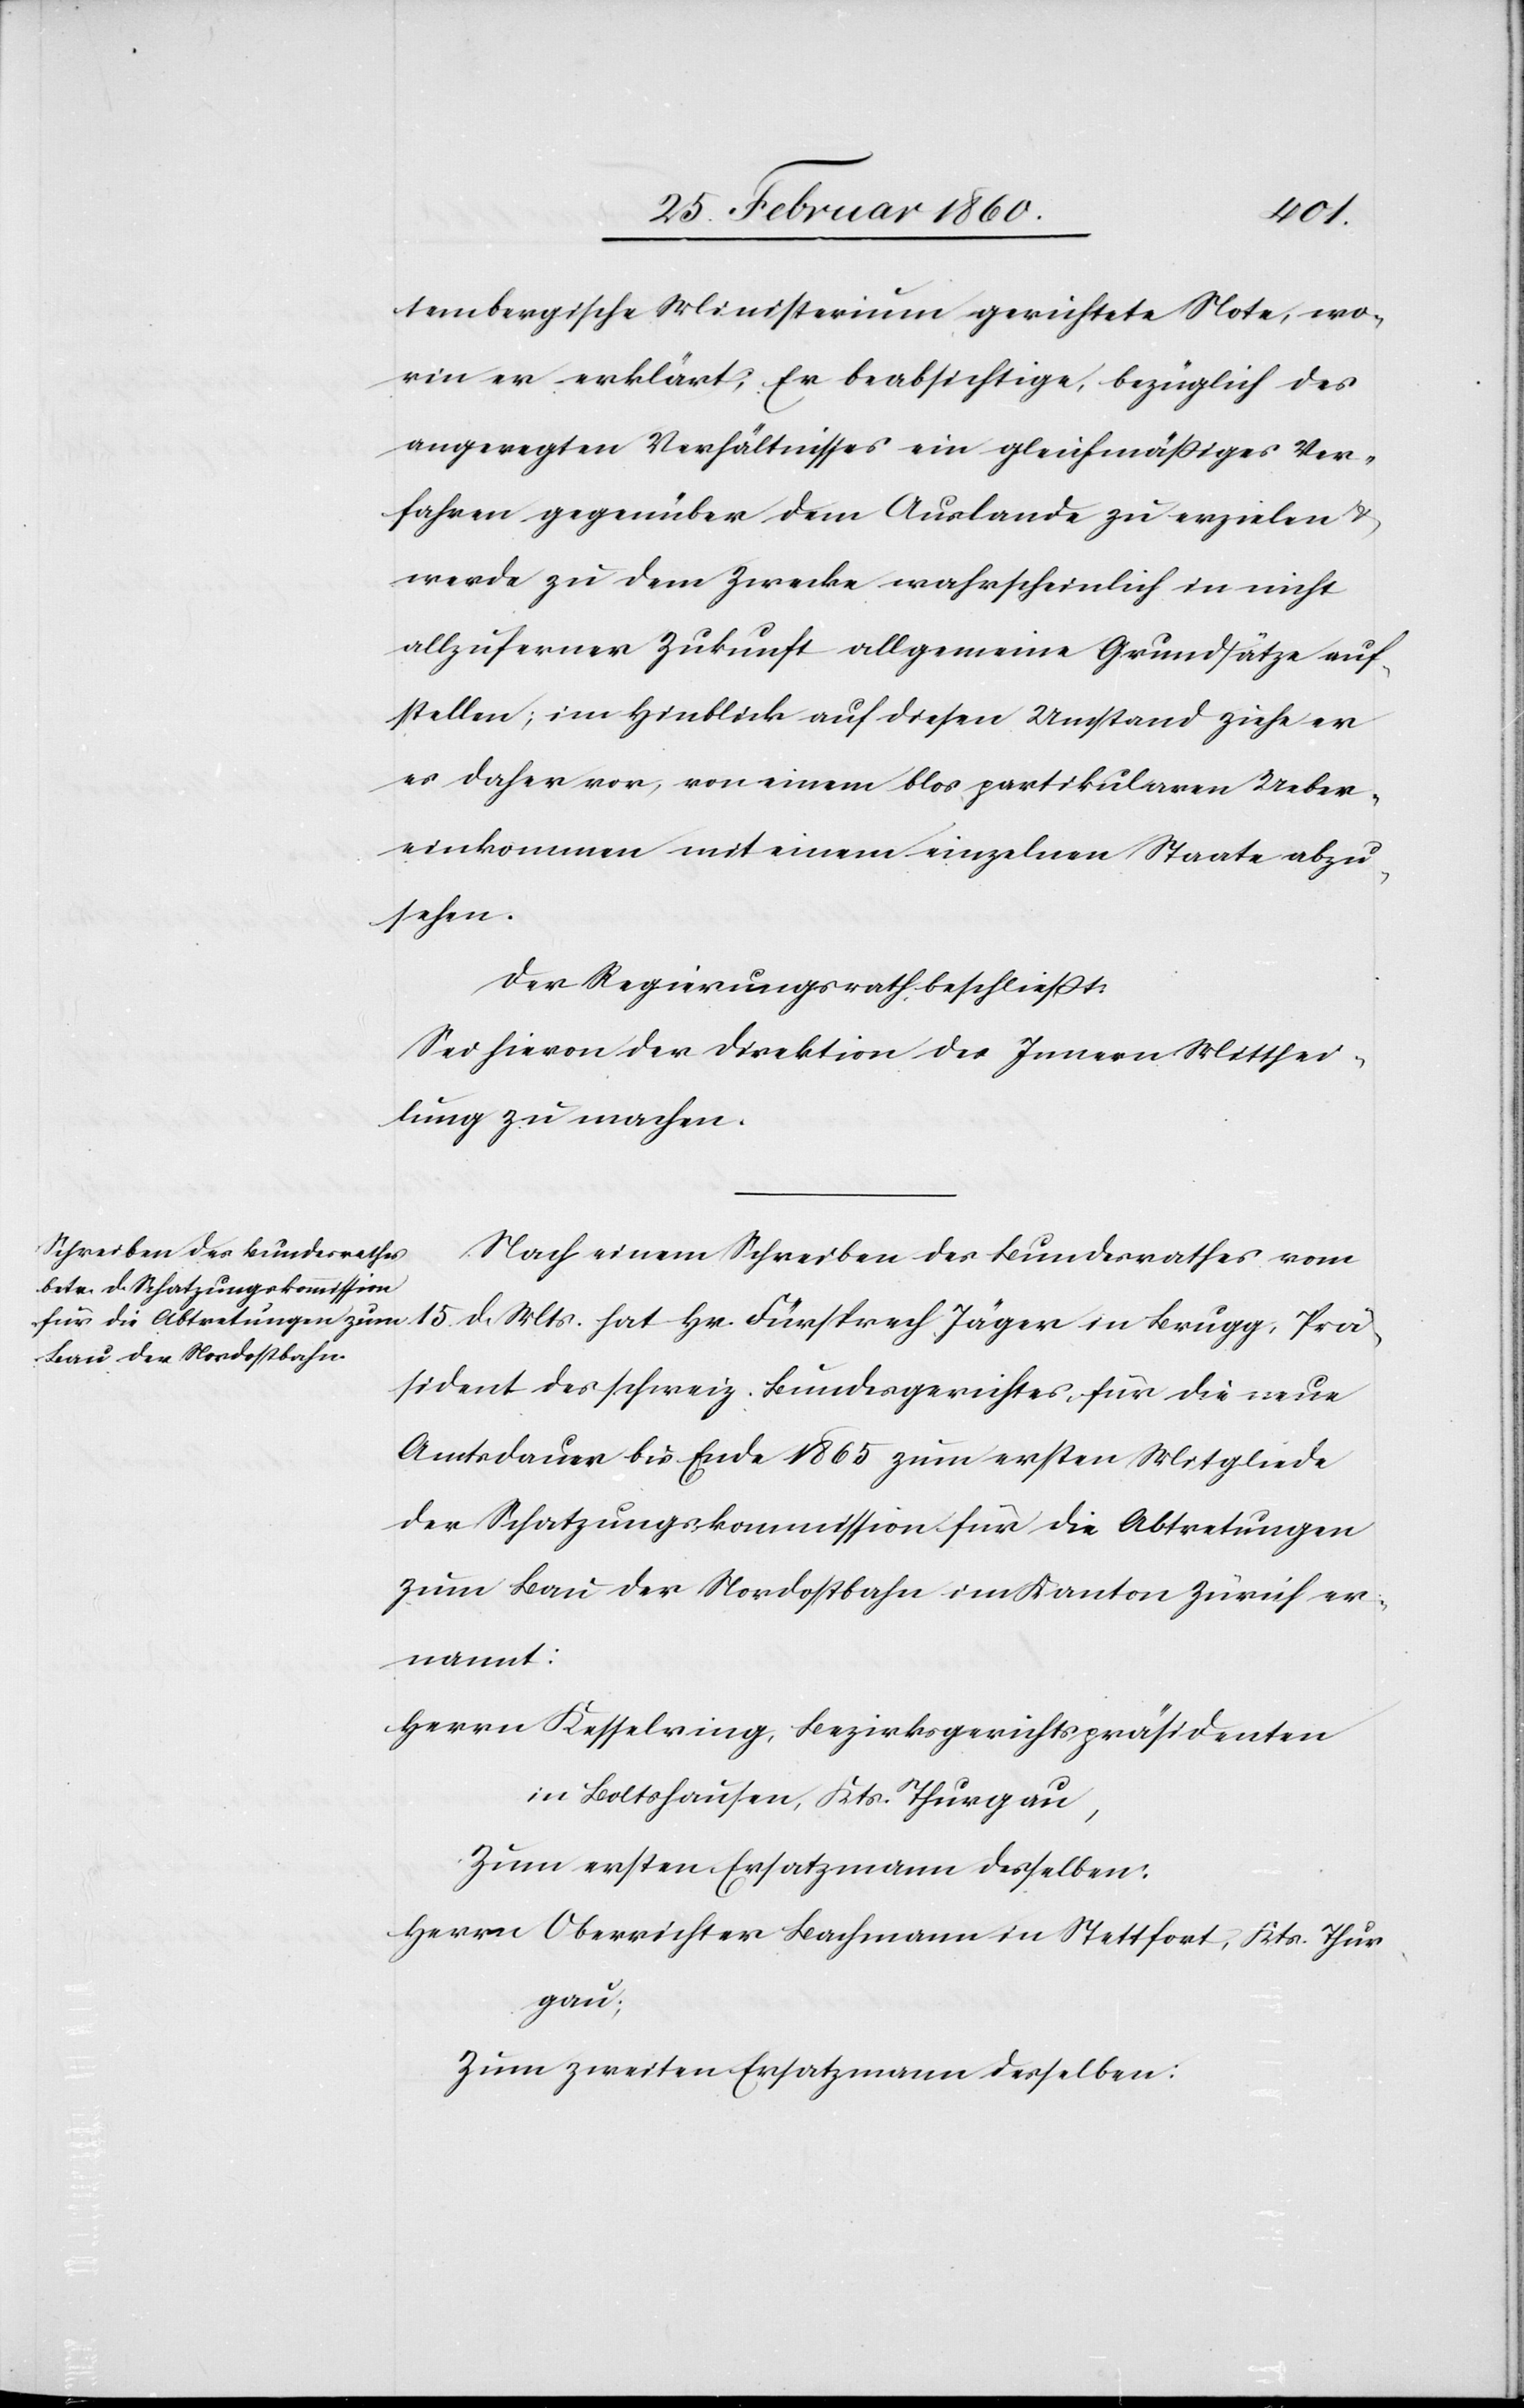
tembergische Ministerium gerichtete Note, wo¬
rin er erklärt; Er beabsichtige, bezüglich des
angeregten Verhältnisses ein gleichmäßiges Ver¬
fahren gegenüber dem Auslande zu erzielen u.
werde zu dem Zwecke wahrscheinlich in nicht
allzuferner Zukunft allgemeine Grundsätze auf¬
stellen; im Hinblick auf diesen Umstand ziehe er
es daher vor, von einem blos partikularen Ueber¬
einkommen mit einem einzelnen Staate abzu¬
sehen.
Der Regierungsrath beschliesst:
Sei hievon der Direktion des Innern Mitthei¬
lung zu machen.
Nach einem Schreiben des Bundesrathes vom
15. d. Mts. hat Hr. Fürsprech Jäger in Brugg, Prä¬
sident des schweiz. Bundesgerichtes, für die neue
Amtsdauer bis Ende 1865 zum ersten Mitgliede
der Schatzungskommission für die Abtretungen
zum Bau der Nordostbahn im Kanton Zürich er¬
nannt:
Herrn Kesselring, Bezirksgerichtspräsidenten
in Boltshausen, Kts. Thurgau,
zum ersten Ersatzmann desselben:
Herrn Oberrichter Bachmann in Stettfort, Kts. Thur¬
gau;
zum zweiten Ersatzmann desselben: